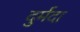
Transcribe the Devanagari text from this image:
दुर्मदा